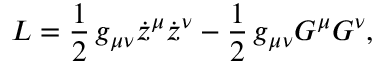
{ \cal L } = \frac { 1 } { 2 } \, g _ { \mu \nu } \dot { z } ^ { \mu } \dot { z } ^ { \nu } - \frac { 1 } { 2 } \, g _ { \mu \nu } G ^ { \mu } G ^ { \nu } ,